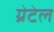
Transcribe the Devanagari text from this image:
ग्रेटेल